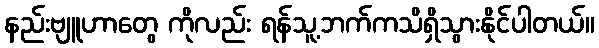
နည်းဗျူဟာတွေ ကိုလည်း ရန်သူ့ဘက်ကသိရှိသွားနိုင်ပါတယ်။